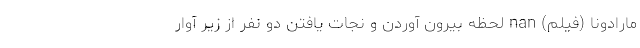
مارادونا (فیلم) nan لحظه بیرون آوردن و نجات یافتن دو نفر از زیر آوار